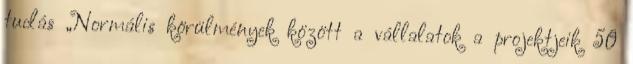
tudás „Normális körülmények között a vállalatok a projektjeik 50